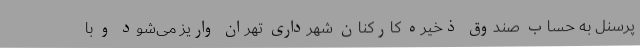
پرسنل به حساب صندوق ذخیره کارکنان شهرداری تهران واریز می‌شود و با